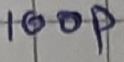
Text: 100p